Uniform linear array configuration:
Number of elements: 8
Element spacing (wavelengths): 0.75
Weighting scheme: hamming
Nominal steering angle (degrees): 15
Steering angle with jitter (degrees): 15.859
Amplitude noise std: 0.05
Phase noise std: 0.05

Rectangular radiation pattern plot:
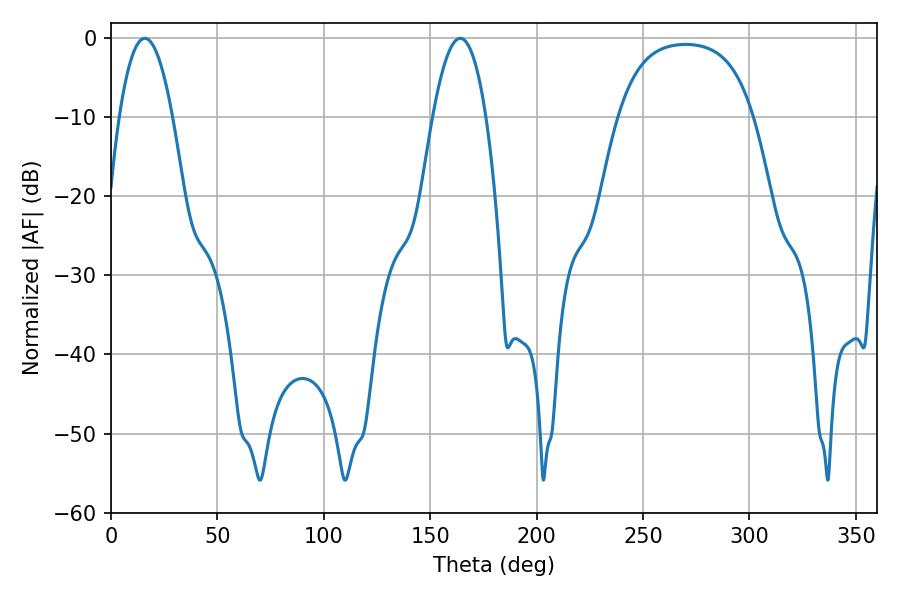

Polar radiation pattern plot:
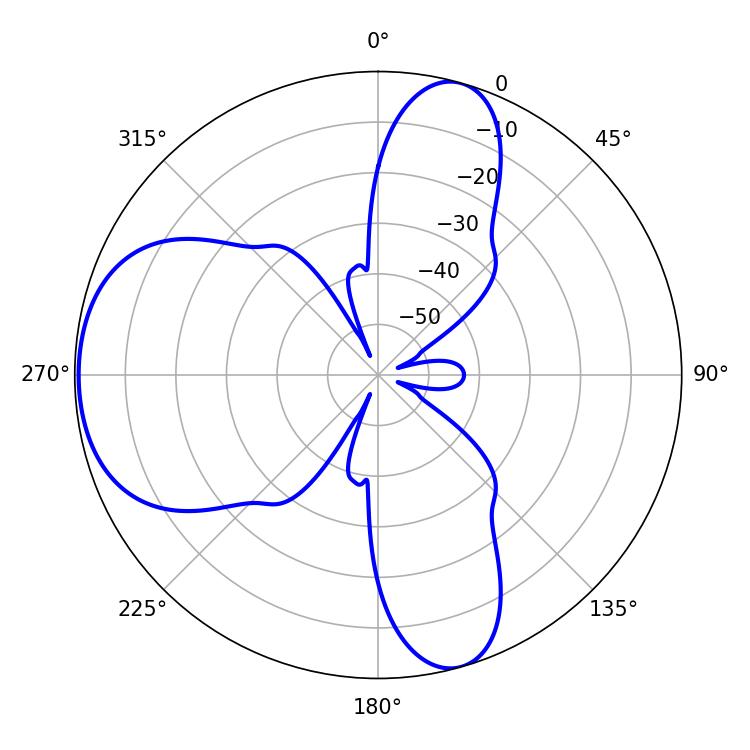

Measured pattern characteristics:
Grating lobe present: TRUE
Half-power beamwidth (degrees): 13.68
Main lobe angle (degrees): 15.84